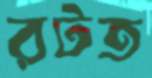
রটত